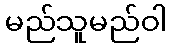
မည်သူမည်ဝါ